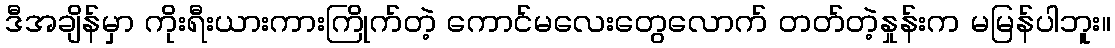
ဒီအချိန်မှာ ကိုးရီးယားကားကြိုက်တဲ့ ကောင်မလေးတွေလောက် တတ်တဲ့နှုန်းက မမြန်ပါဘူး။